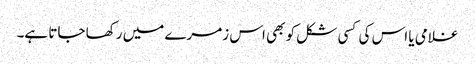
غلامی یا اس کی کسی شکل کو بھی اس زمرے میں رکھا جاتا ہے۔